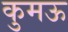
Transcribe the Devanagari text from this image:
कुमऊ